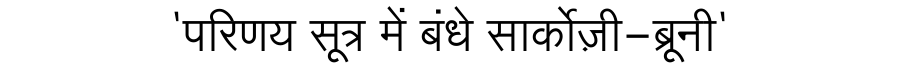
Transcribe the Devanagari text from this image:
'परिणय सूत्र में बंधे सार्कोज़ी-ब्रूनी'